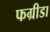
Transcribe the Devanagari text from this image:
फग्रीडा